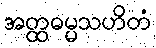
အတ္ထဓမ္မသဟိတံ